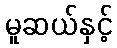
မူဆယ်နှင့်